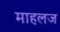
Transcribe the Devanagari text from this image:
माहलज